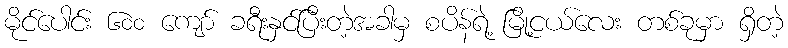
မိုင်ပေါင်း ၆၀၀ ကျော် ခရီးနှင်ပြီးတဲ့အခါမှ စပိန်ရဲ့ မြို့ငယ်လေး တစ်ခုမှာ ရှိတဲ့